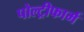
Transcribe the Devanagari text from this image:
पोल्ट्रीफार्म